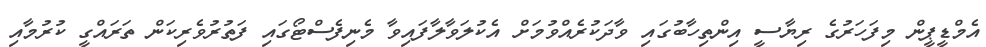
އެމްޑީޕީން މިފަހަރުގެ ރިޔާސީ އިންތިހާބުގައި ވާދަކުރެއްވުމަށް އެކުލަވާލާފައިވާ މެނިފެސްޓޯގައި ފަތުރުވެރިކަން ތަރައްގީ ކުރުމާއި